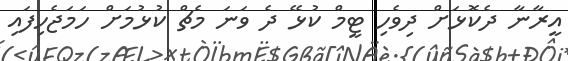
އީރާނާ ދެކޮޅަށް ދިވެހި ޓީމް ކުޅޭ ދެ ވަނަ މެޗް ކުޅުމަށް ހަމަޖެހިފައި